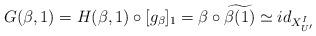
LaTeX: \begin{align*} G(\beta ,1) = H(\beta ,1) \circ [g_{\beta}]_{1} =\beta \circ \widetilde{\beta(1)} \simeq id_{X_{U'}^{I}}\end{align*}